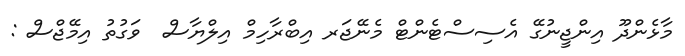
މާޅެންދޫ އިންޖީނުގޭ އެސިސްޓެންޓް މެނޭޖަރ އިބްރާހިމް އިލްޔާސް  ވަގުތު އިމޭޖްސް :